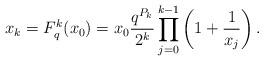
LaTeX: \begin{align*}x_k = F_q^k(x_0)=x_0\frac{q^{P_k}}{2^k} \prod_{j=0}^{k-1} \left(1 + \frac{1}{x_j} \right).\end{align*}